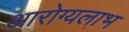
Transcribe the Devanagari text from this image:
आरोग्यलाभ